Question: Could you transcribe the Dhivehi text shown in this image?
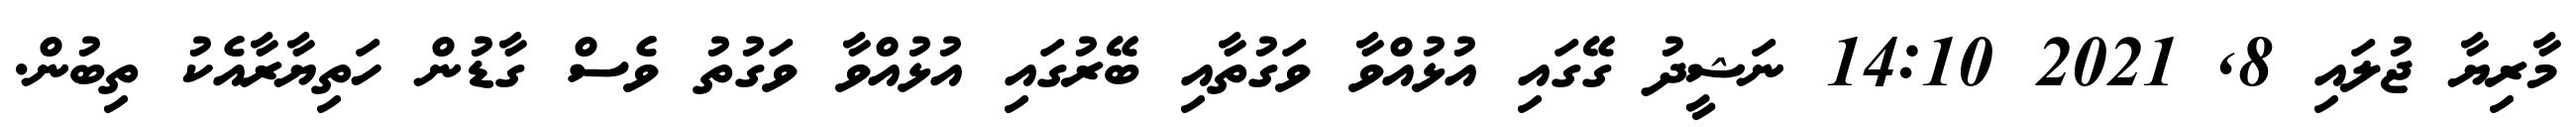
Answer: މާރިޔާ ޖުލައި 8, 2021 14:10 ނަޝީދު ގޭގައި އުޅުއްވާ ވަގުތާއި ބޭރުގައި އުޅުއްވާ ވަގުތު ވެސް ގާޑުން ހަތިޔާރާއެކު ތިބުން.